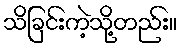
သိခြင်းကဲ့သို့တည်း။